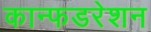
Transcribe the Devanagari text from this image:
कान्फडरेशन